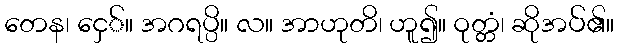
တေန၊ ငှေ်။ အဂရပ္ပိ။ လ။ အာဟုတိ၊ ဟူ၍။ ဝုတ္တံ၊ ဆိုအပ်၏။